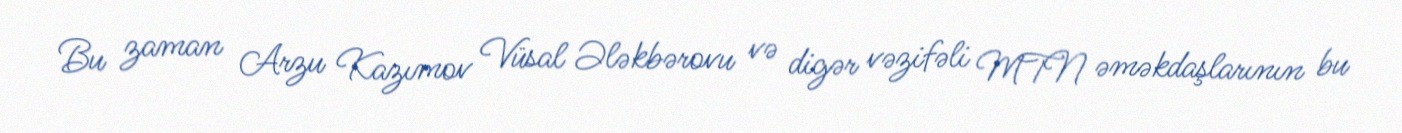
Bu zaman Arzu Kazımov Vüsal Ələkbərovu və digər vəzifəli MTN əməkdaşlarının bu